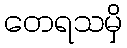
တေရသမှိ